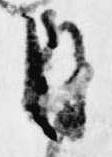
目